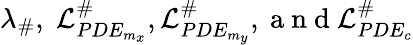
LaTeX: \lambda_{\# },\; \mathcal{L}_{PDE_{m_{x}}}^{\# },\mathcal{L}_{PDE_{m_{y}}}^{\# },\mathrm{~a~n~d~}\mathcal{L}_{PDE_{c}}^{\# }